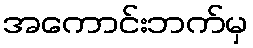
အကောင်းဘက်မှ